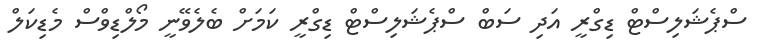
ސްޕެޝަލިސްޓް ޑިގްރީ އަދި ސަބް ސްޕެޝަލިސްޓް ޑިގްރީ ކަމަށް ބެލެވޭނީ މޯލްޑިވްސް މެޑިކަލް